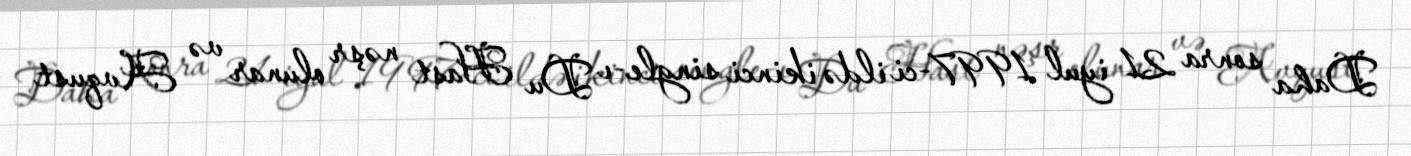
Daha sonra 21 iyul 1997-ci ildə ikinci single-ı Du Hast nəşr olunar və Avqust